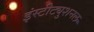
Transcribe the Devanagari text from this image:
इंस्टीट्युशनल